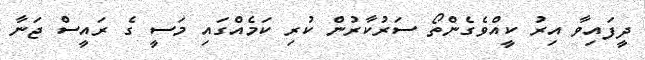
ދީފައިވާ އިރު ކީއްވެގެންތޯ ސަރުކާރުން ކުރި ކަމެއްގައި މަސީ ގެ ރައީސް ޖަނާ